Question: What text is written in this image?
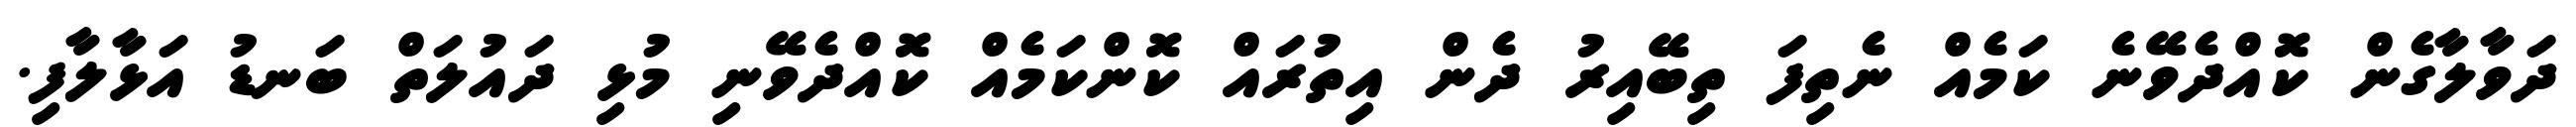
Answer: ދަވާލާގެން ކޮއްދެވޭނެ ކަމެއް ނެތިފަ ތިބޭއިރު ދެން އިތުރައް ކޮންކަމެއް ކޮއްދެވޭނި މުޅި ދައުލަތް ބަނޑު އަޅާލާފި.